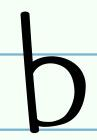
b